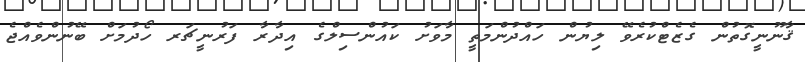
ޤާނޫނީގޮތުން ގެޒެޓްކުރެވޭ ލިޔުން ހައްދުންމަތީ މާވަށު ކައުންސިލްގެ އިދާރާ ފަރުނީޗަރ ހޯދުމަށް ބޭނުންވެއްޖެ